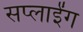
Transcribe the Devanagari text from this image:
सप्लाईंग